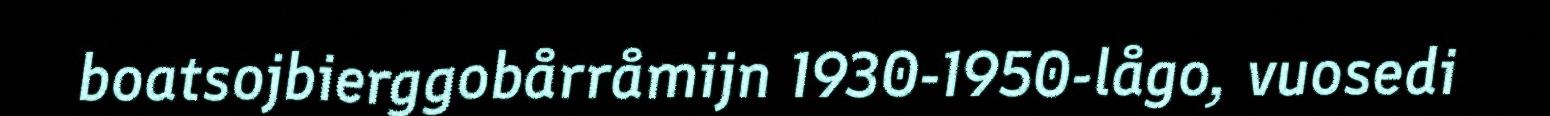
boatsojbierggobårråmijn 1930-1950-lågo, vuosedi